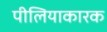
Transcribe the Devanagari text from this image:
पीलियाकारक